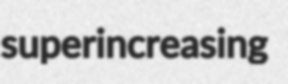
superincreasing